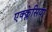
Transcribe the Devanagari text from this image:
एक्क्लेसिया